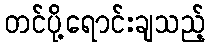
တင်ပို့ရောင်းချသည့်